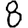
Digit: 8